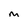
Character: M